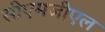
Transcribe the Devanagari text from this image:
सीएमजीएल